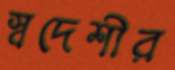
স্বদেশীর